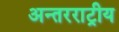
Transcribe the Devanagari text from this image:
अन्तरराट्रीय